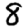
Digit: 8